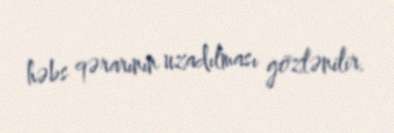
həbs qərarının uzadılması gözlənilir.